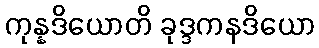
ကုန္နဒိယောတိ ခုဒ္ဒကနဒိယော